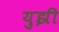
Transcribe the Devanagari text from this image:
युझी